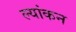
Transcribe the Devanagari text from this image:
ल्यांकन